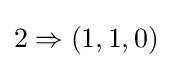
2\Rightarrow (1,1,0)